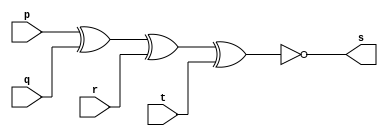
// -----------------------
// Guia 01 - Exercicio 03
// Bruno Csar Lopes Silva
// Matrcula: 415985
// -----------------------

// --xnor gate--

module xnorgate (s, p, q, r, t);
 output s;                           // saida
 input p, q, r, t;                   // entradas

 assign s = ~(p ^ q ^ r ^ t);
 
 endmodule // xnorgate
 
// -- teste xnor gate --

module testexnorgate;
 reg p, q, r, t;
 wire s;
 
 xnorgate XNOR1 (s, p, q, r, t);
 
 initial begin
      $display ("Guia 01 - Exercicio 03");
		$display ("Bruno Cesar Lopes Silva - 415985");
		$display ("Teste Xnor Gate");
		$display ("\n~(p ^ q ^ r ^ t) = s\n");
		p=0; q=0; r=0; t=0;
  #1  $display("~(%b ^ %b ^ %b ^ %b) = %b", p, q, r, t, s);
      p=0; q=0; r=0; t=1;
  #1  $display("~(%b ^ %b ^ %b ^ %b) = %b", p, q, r, t, s);
      p=0; q=0; r=1; t=0;
  #1  $display("~(%b ^ %b ^ %b ^ %b) = %b", p, q, r, t, s);
      p=0; q=0; r=1; t=1;
  #1  $display("~(%b ^ %b ^ %b ^ %b) = %b", p, q, r, t, s);
      p=0; q=1; r=0; t=0;
  #1  $display("~(%b ^ %b ^ %b ^ %b) = %b", p, q, r, t, s);
      p=0; q=1; r=0; t=1;
  #1  $display("~(%b ^ %b ^ %b ^ %b) = %b", p, q, r, t, s);
      p=0; q=1; r=1; t=0;
  #1  $display("~(%b ^ %b ^ %b ^ %b) = %b", p, q, r, t, s);
      p=0; q=1; r=1; t=1;
  #1  $display("~(%b ^ %b ^ %b ^ %b) = %b", p, q, r, t, s);
      p=1; q=0; r=0; t=0;
  #1  $display("~(%b ^ %b ^ %b ^ %b) = %b", p, q, r, t, s);
      p=1; q=0; r=0; t=1;
  #1  $display("~(%b ^ %b ^ %b ^ %b) = %b", p, q, r, t, s);
      p=1; q=0; r=1; t=0;
  #1  $display("~(%b ^ %b ^ %b ^ %b) = %b", p, q, r, t, s);
      p=1; q=0; r=1; t=1;
  #1  $display("~(%b ^ %b ^ %b ^ %b) = %b", p, q, r, t, s);
      p=1; q=1; r=0; t=0;
  #1  $display("~(%b ^ %b ^ %b ^ %b) = %b", p, q, r, t, s);
      p=1; q=1; r=0; t=1;
  #1  $display("~(%b ^ %b ^ %b ^ %b) = %b", p, q, r, t, s);
      p=1; q=1; r=1; t=0;
  #1  $display("~(%b ^ %b ^ %b ^ %b) = %b", p, q, r, t, s);
      p=1; q=1; r=1; t=1;
  #1  $display("~(%b ^ %b ^ %b ^ %b) = %b", p, q, r, t, s);
 
 end
 
 endmodule // testexnorgate